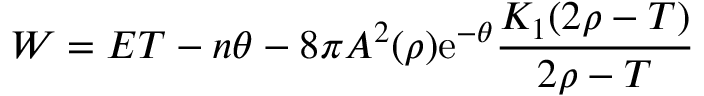
W = E T - n \theta - 8 \pi A ^ { 2 } ( \rho ) \mathrm { e } ^ { - \theta } { \frac { K _ { 1 } ( 2 \rho - T ) } { 2 \rho - T } }